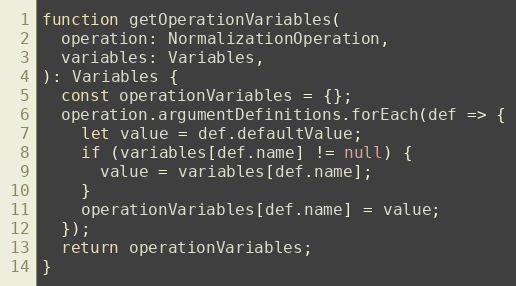
Language: JavaScript
function getOperationVariables(
  operation: NormalizationOperation,
  variables: Variables,
): Variables {
  const operationVariables = {};
  operation.argumentDefinitions.forEach(def => {
    let value = def.defaultValue;
    if (variables[def.name] != null) {
      value = variables[def.name];
    }
    operationVariables[def.name] = value;
  });
  return operationVariables;
}